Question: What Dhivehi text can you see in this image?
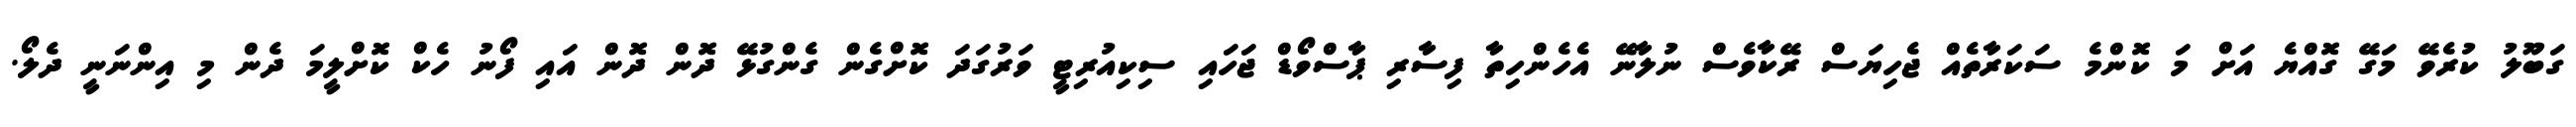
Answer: ގަބޫލު ކުރެވޭ މަގޭ ގޮއްޔެ އަށް މަ ކޮންމެ ސަކަރާތެއް ޖެހިޔަސް ރޭކާވެސް ނުލާނޭ އެހެންހިތާ ފިސާރި ޕާސްވޯޑް ޖަހައި ސިކިއުރިޓީ ވަރުގަދަ ކޮށްގެން ގެންގުޅޭ ދޮން ދޮން އައި ފޯނު ހެކް ކޮށްލީމަ ދެން މި އިންނަނީ ދެލޯ.